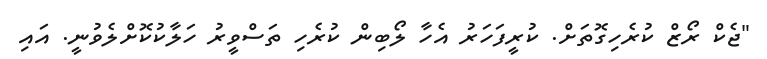
"ޖެކް ރޯޒް ކުރެހިގޮތަށް. ކުރީފަހަރު އެހާ ލޯބިން ކުރެހި ތަސްވީރު ހަލާކުކޮށްލެވުނީ. އައި